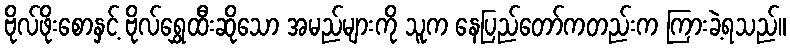
ဗိုလ်ဖိုးစောနှင့် ဗိုလ်ရွှေထီးဆိုသော အမည်များကို သူက နေပြည်တော်ကတည်းက ကြားခဲ့ရသည်။